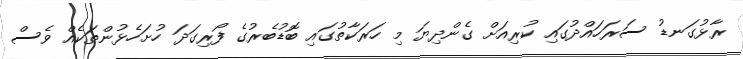
ރާޅުގަނޑު ސަރަހައްދުގައި ކުރިއަށް ގެންދިޔަ މި ހަރަކާތުގައި ބޮޑުބެރުގެ ފޯރިގަދަ ހުށަހެޅުންތަކެއް ވެސް